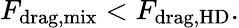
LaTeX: F_{\mathrm{drag,mix}}<F_{\mathrm{drag,HD}}.